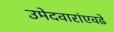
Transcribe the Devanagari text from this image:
उमेदवारांएवढे